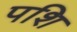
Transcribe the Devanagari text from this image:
पशि